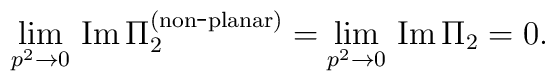
\lim_{p^{2}\rightarrow 0}\,{\rm Im}\,\Pi_{2}^{\rm (non\hbox{-}planar)}= \lim_{p^{2}\rightarrow 0}\,{\rm Im}\,\Pi_{2} = 0 .